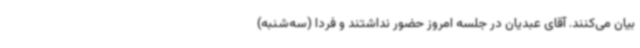
بیان می‌کنند. آقای عبدیان در جلسه امروز حضور نداشتند و فردا (سه‌شنبه)